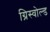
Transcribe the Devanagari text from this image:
ग्रिस्वोल्ड